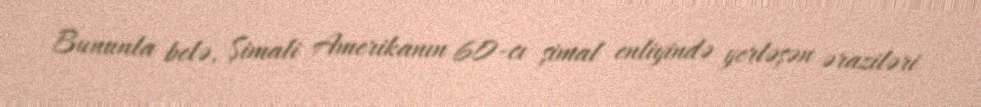
Bununla belə, Şimali Amerikanın 60-cı şimal enliyində yerləşən əraziləri